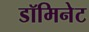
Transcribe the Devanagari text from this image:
डॉमिनेट